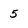
Character: 5